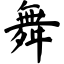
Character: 舞